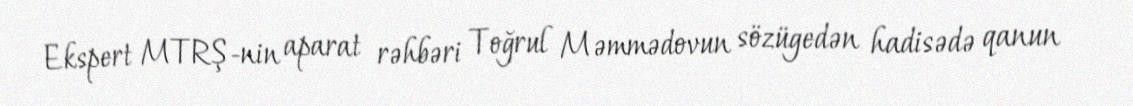
Ekspert MTRŞ-nin aparat rəhbəri Toğrul Məmmədovun sözügedən hadisədə qanun